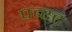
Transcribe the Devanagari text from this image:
पब्स्ट